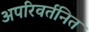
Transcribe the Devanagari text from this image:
अपरिवर्तनित